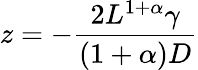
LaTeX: z=-\frac{2L^{1+\alpha}\gamma}{(1+\alpha)D}